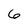
Character: 6